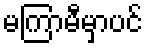
မကြာမီမှာပင်